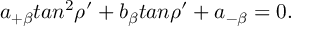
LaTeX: a _ { + \beta } t a n ^ { 2 } \rho ^ { \prime } + b _ { \beta } t a n \rho ^ { \prime } + a _ { - \beta } = 0 .